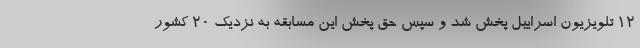
12 تلویزیون اسراییل پخش شد و سپس حق پخش این مسابقه به نزدیک 20 کشور